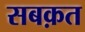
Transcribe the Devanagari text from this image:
सबक़त